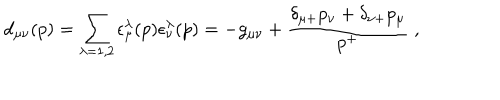
LaTeX: d _ { \mu \nu } ( p ) = \sum _ { \lambda = 1 , 2 } \epsilon _ { \mu } ^ { \lambda } ( p ) \epsilon _ { \nu } ^ { \lambda } ( p ) = - g _ { \mu \nu } + { \frac { \delta _ { \mu + } p _ { \nu } + \delta _ { \nu + } p _ { \mu } } { p ^ { + } } } \; ,